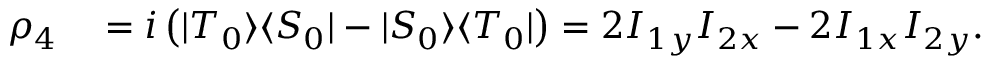
\begin{array} { r l } { \rho _ { 4 } } & { { } = i \left( \vert { T _ { 0 } } \rangle \langle { S _ { 0 } } \vert - \vert { S _ { 0 } } \rangle \langle { T _ { 0 } } \vert \right) = 2 I _ { 1 y } I _ { 2 x } - 2 I _ { 1 x } I _ { 2 y } . } \end{array}